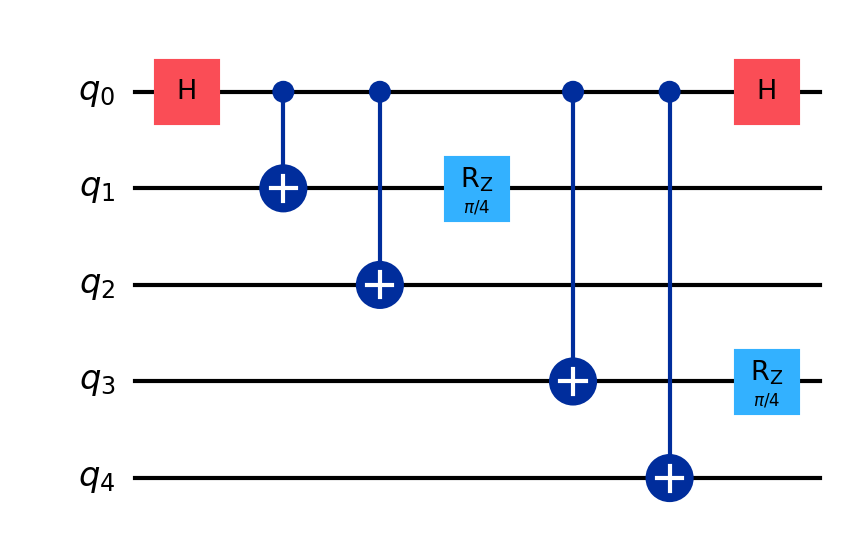
Description: GHZ-based quantum voting protocol
描述: 基于GHZ的量子投票协议
Category: blockchain_extended (difficulty: advanced)
Qubits: 5, circuit depth: 6
Blockchain relevance: extended_protocol

Braket implementation:
import math
from braket.circuits import Circuit
circuit = Circuit()
circuit.h(0)
for i in range(1, 5):
    circuit.cnot(0, i)
circuit.rz(1, math.pi / 4).rz(3, math.pi / 4)
circuit.h(0)

Qiskit implementation:
import math
from qiskit import QuantumCircuit
circuit = QuantumCircuit(5)
circuit.h(0)
for i in range(1, 5):
    circuit.cx(0, i)
circuit.rz(math.pi / 4, 1).rz(math.pi / 4, 3)
circuit.h(0)